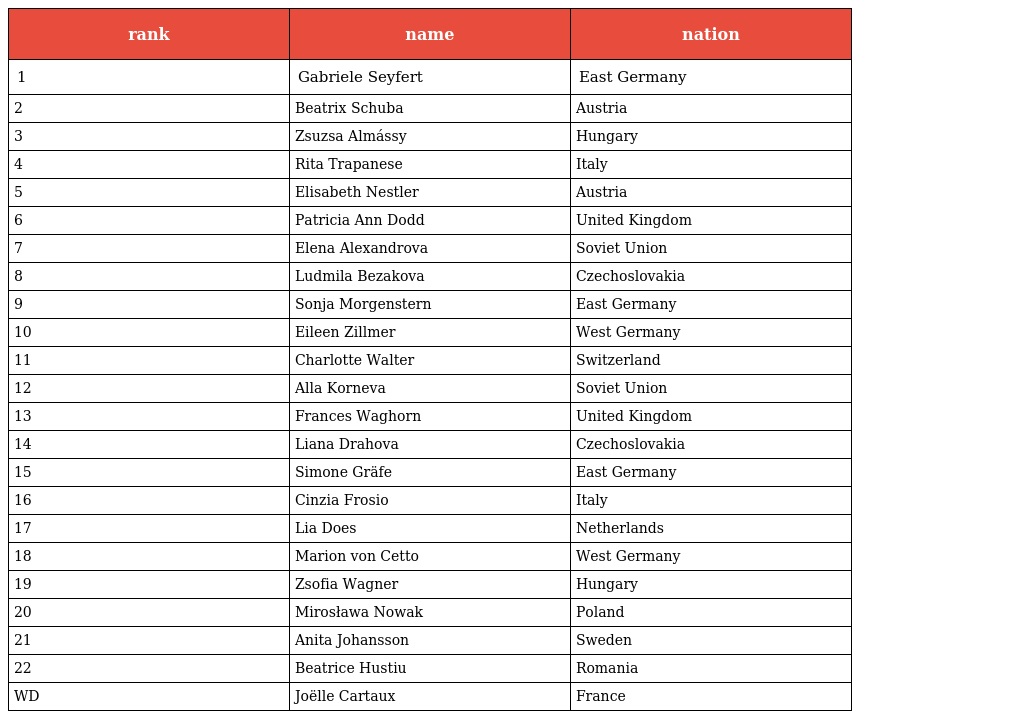
| rank | name | nation |
 | --- | --- | --- |
 | 1 | Gabriele Seyfert | East Germany |
 | 2 | Beatrix Schuba | Austria |
 | 3 | Zsuzsa Almássy | Hungary |
 | 4 | Rita Trapanese | Italy |
 | 5 | Elisabeth Nestler | Austria |
 | 6 | Patricia Ann Dodd | United Kingdom |
 | 7 | Elena Alexandrova | Soviet Union |
 | 8 | Ludmila Bezakova | Czechoslovakia |
 | 9 | Sonja Morgenstern | East Germany |
 | 10 | Eileen Zillmer | West Germany |
 | 11 | Charlotte Walter | Switzerland |
 | 12 | Alla Korneva | Soviet Union |
 | 13 | Frances Waghorn | United Kingdom |
 | 14 | Liana Drahova | Czechoslovakia |
 | 15 | Simone Gräfe | East Germany |
 | 16 | Cinzia Frosio | Italy |
 | 17 | Lia Does | Netherlands |
 | 18 | Marion von Cetto | West Germany |
 | 19 | Zsofia Wagner | Hungary |
 | 20 | Mirosława Nowak | Poland |
 | 21 | Anita Johansson | Sweden |
 | 22 | Beatrice Hustiu | Romania |
 | WD | Joëlle Cartaux | France |